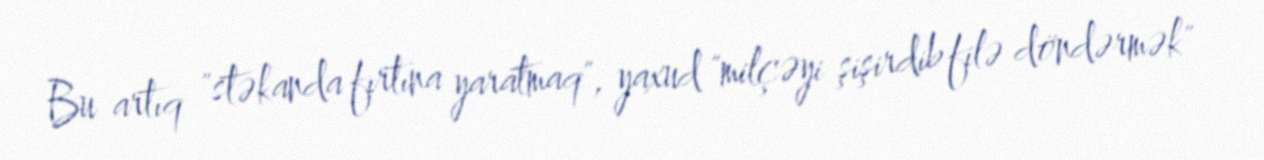
Bu artıq "stəkanda fırtına yaratmaq", yaxud "milçəyi şişirdib filə döndərmək"